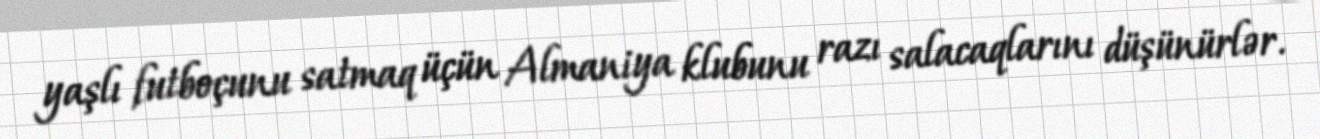
yaşlı futboçunu satmaq üçün Almaniya klubunu razı salacaqlarını düşünürlər.